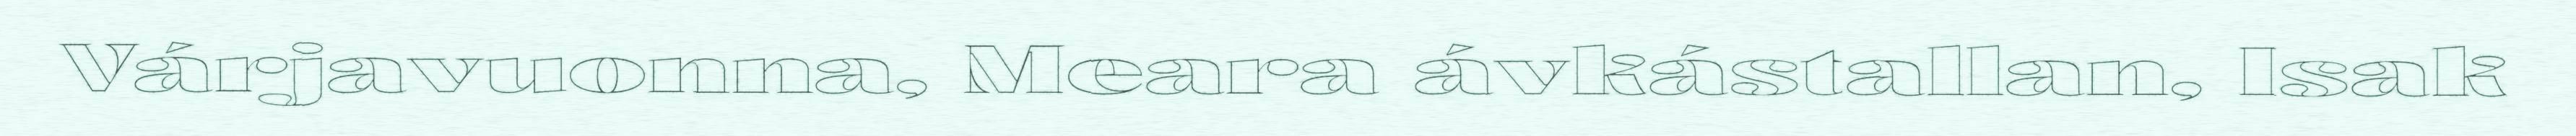
Várjavuonna, Meara ávkástallan, Isak